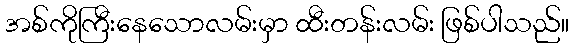
အစ်ကိုကြီးနေသောလမ်းမှာ ထီးတန်းလမ်း ဖြစ်ပါသည်။